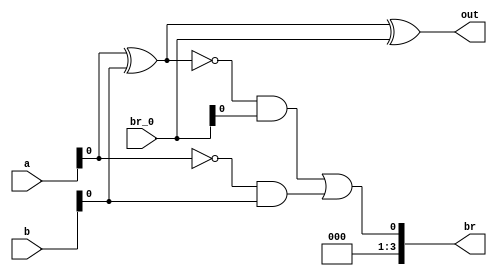
module full_sub(a, b, br_0, out, br);

input [3:0] a;
input [3:0] b;
input [3:0] br_0;

output [3:0] out;
output [3:0] br;

wire ex_ab;
wire and_ab;
wire s_and_ab;

assign ex_ab = a ^ b;
assign and_ab = ~a & b;

assign s_and_ab = ~ex_ab & br_0;

assign out = ex_ab ^ br_0;
assign br = s_and_ab | and_ab;

endmodule